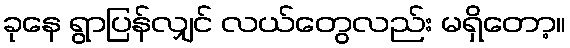
ခုနေ ရွာပြန်လျှင် လယ်တွေလည်း မရှိတော့။